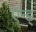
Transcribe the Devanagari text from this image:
ऍन्ड्